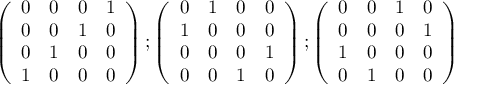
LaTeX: \left( \begin{array} { l l l l } { { 0 } } & { { 0 } } & { { 0 } } & { { 1 } } \\ { { 0 } } & { { 0 } } & { { 1 } } & { { 0 } } \\ { { 0 } } & { { 1 } } & { { 0 } } & { { 0 } } \\ { { 1 } } & { { 0 } } & { { 0 } } & { { 0 } } \end{array} \right) ; \left( \begin{array} { l l l l } { { 0 } } & { { 1 } } & { { 0 } } & { { 0 } } \\ { { 1 } } & { { 0 } } & { { 0 } } & { { 0 } } \\ { { 0 } } & { { 0 } } & { { 0 } } & { { 1 } } \\ { { 0 } } & { { 0 } } & { { 1 } } & { { 0 } } \end{array} \right) ; \left( \begin{array} { l l l l } { { 0 } } & { { 0 } } & { { 1 } } & { { 0 } } \\ { { 0 } } & { { 0 } } & { { 0 } } & { { 1 } } \\ { { 1 } } & { { 0 } } & { { 0 } } & { { 0 } } \\ { { 0 } } & { { 1 } } & { { 0 } } & { { 0 } } \end{array} \right)